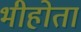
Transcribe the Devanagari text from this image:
भीहोता